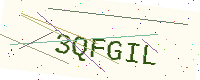
Text: 3QFGIL